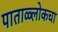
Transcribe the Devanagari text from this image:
पाताळ्लोकचा